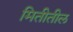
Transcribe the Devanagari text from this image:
मितीतील